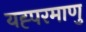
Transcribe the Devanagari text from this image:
यह्परमाणु